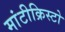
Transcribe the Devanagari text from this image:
मांटीक्रिस्टो